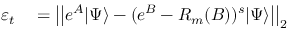
\begin{array} { r l } { \varepsilon _ { t } } & { { } = \left| \left| e ^ { A } | \Psi \rangle - ( e ^ { B } - R _ { m } ( B ) ) ^ { s } | \Psi \rangle \right| \right| _ { 2 } } \end{array}